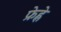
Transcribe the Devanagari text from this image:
फ्रेह्ले